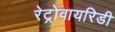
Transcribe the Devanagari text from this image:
रेट्रोवायरिडी